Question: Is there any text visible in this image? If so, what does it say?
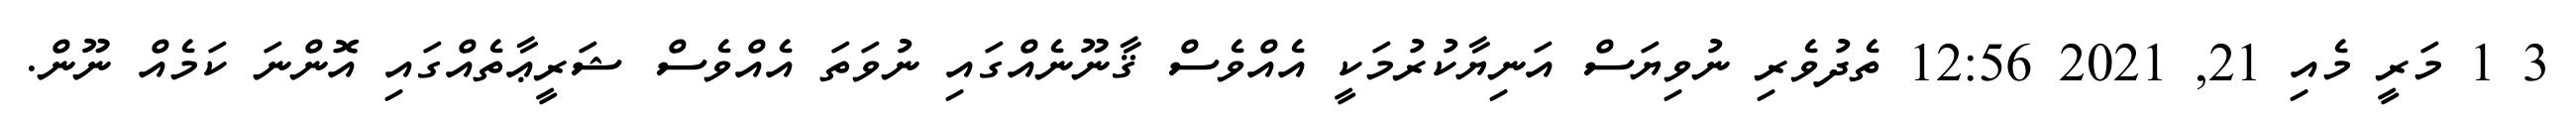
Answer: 3 1 މަރީ މެއި 21, 2021 12:56 ތެދުވެރި ނުވިޔަސް އަނިޔާކުރުމަކީ އެއްވެސް ޤާނޫނެއްގައި ނުވަތަ އެއްވެސް ޝަރީޢާތެއްގައި އޮންނަ ކަމެއް ނޫން.